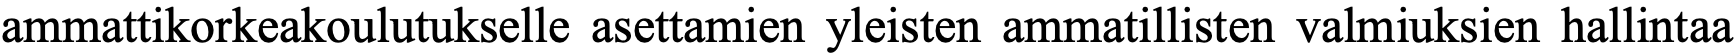
ammattikorkeakoulutukselle asettamien yleisten ammatillisten valmiuksien hallintaa